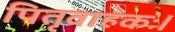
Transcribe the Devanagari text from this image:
पितृवाहकः।